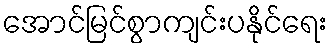
အောင်မြင်စွာကျင်းပနိုင်ရေး